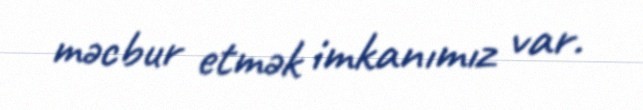
məcbur etmək imkanımız var.